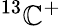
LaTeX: ^{13}\mathbb{C}^{+}